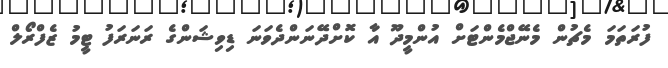
ފުރަތަމަ މެޗުން މެނޭޖްމެންޓަށް އުންމީދޫ އާ ކޮށްދޭނަންދެވަނަ ޑިވިޝަންގެ ރަނަރަފު ޓީމު ޒެފްރޯލް